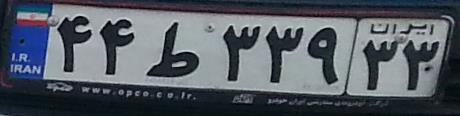
۴۴ط۳۳۹۳۳